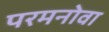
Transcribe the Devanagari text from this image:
परमनोवा